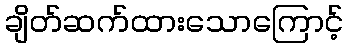
ချိတ်ဆက်ထားသောကြောင့်